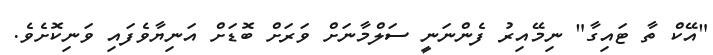
"އޭކް ތާ ޓައިގާ" ނިމޭއިރު ފެންނަނީ ސަލްމާނަށް ވަރަށް ބޮޑަށް އަނިޔާވެފައި ވަނިކޮށެވެ.